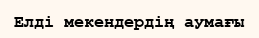
Елді мекендердің аумағы